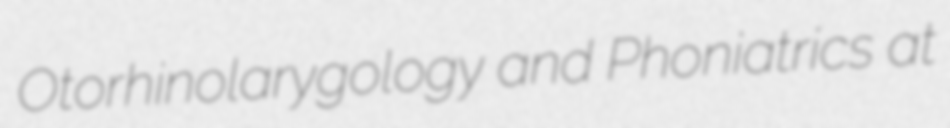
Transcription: Otorhinolarygology and Phoniatrics at